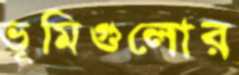
ভূমিগুলোর